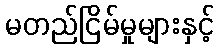
မတည်ငြိမ်မှုများနှင့်